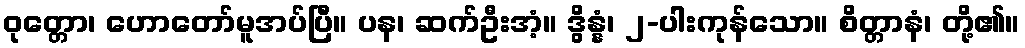
ဝုတ္တော၊ ဟောတော်မူအပ်ပြီ။ ပန၊ ဆက်ဦးအံ့။ ဒွိန္နံ၊ ၂-ပါးကုန်သော။ စိတ္တာနံ၊ တို့၏။